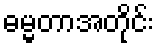
ဓမ္မတာအတိုင်း